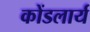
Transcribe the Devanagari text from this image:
कोंडलार्य